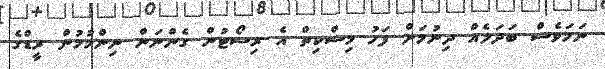
ނަމަވެސް ބަދަލެއް ދިނުމަށް ފަހު މިސްކިތް އެ ރިސޯޓުން ގެންނަން ނިންމުމުން ރީޑްގެ